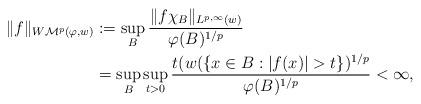
LaTeX: \begin{align*}\aligned\|f\|_{W\mathcal M^{p}(\varphi,w)} &:= \sup_{B}\frac {\|f\chi_B\|_{L^{p,\infty}(w)}}{\varphi(B)^{1/p}}\\& = \sup_{B}\sup_{t>0}\frac {t (w(\{x\in B: |f(x)|>t\})^{1/p}}{\varphi(B)^{1/p}}<\infty,\endaligned\end{align*}